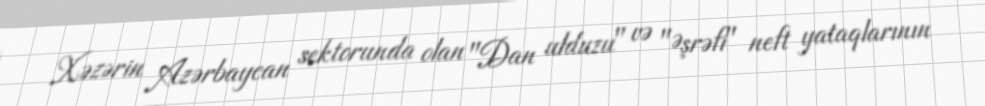
Xəzərin Azərbaycan sektorunda olan "Dan ulduzu" və "Əşrəfi" neft yataqlarının